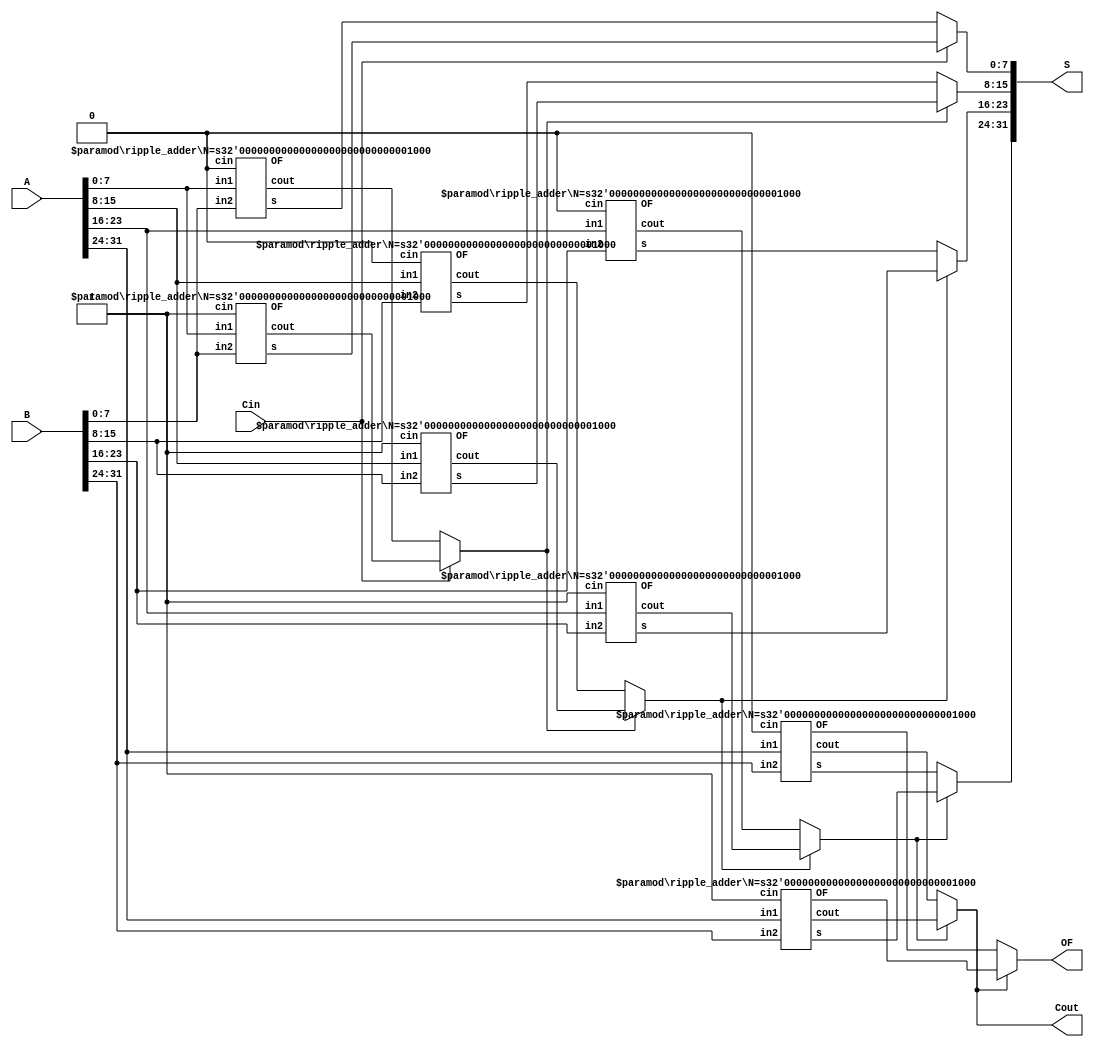
module carry_select_adder #(parameter N = 32) (A, B, Cin, S, Cout, OF);

    input [N-1:0] A, B;
    input Cin;
    output [N-1:0] S;
    output Cout, OF;

    localparam M = 8;

    wire [N/M:0] C;
    wire [N/M:1] C_0;
    wire [N/M:1] C_1;
    wire [N/M:1] OF_0;
    wire [N/M:1] OF_1;
    wire [N-1:0] S_0;
    wire [N-1:0] S_1;
    assign C[0] = Cin;
    assign Cout = C[N/M];
    assign OF = (C[N/M] == 0) ? OF_0[N/M] : OF_1[N/M];

    genvar i;
    generate
        for(i = 0; i < N/M; i=i+1) begin
            ripple_adder #(M) rbl_0 (A[(i+1)*M-1 : i*M], B[(i+1)*M-1 : i*M], S_0[(i+1)*M-1 : i*M], 1'b0, C_0[i+1], OF_0[i+1]);
            ripple_adder #(M) rbl_1 (A[(i+1)*M-1 : i*M], B[(i+1)*M-1 : i*M], S_1[(i+1)*M-1 : i*M], 1'b1, C_1[i+1], OF_1[i+1]);
            assign S[(i+1)*M-1 : i*M] = (C[i] == 0) ? S_0[(i+1)*M-1 : i*M] : S_1[(i+1)*M-1 : i*M];
            assign C[i+1] = (C[i] == 0) ? C_0[i+1] : C_1[i+1];
        end
    endgenerate    

endmodule

module ripple_adder #(parameter N=4)(in1,in2,s,cin,cout,OF);

input [N-1:0]in1,in2;
input cin;
output [N-1:0]s;
output cout;
output reg OF;

wire[N:0]carry;
assign carry[0]=cin;
assign cout=carry[N];



genvar i;
generate
for(i=0;i<N;i=i+1)
full_adder FA(in1[i],in2[i],s[i],carry[i],carry[i+1]);
endgenerate

always @ *
begin
if((in1[N-1]==0 && in2[N-1]==0 && s[N-1]==1) ||(in1[N-1]==1&&in2[N-1]==1 &&s[N-1]==0))
  OF=1;
else
  OF=0;
end


endmodule

module full_adder(in1,in2,s,cin,cout);
 input in1,in2,cin;
 output s,cout;
 wire HA_sum1,HA_carry1,HA_carry2;

 half_adder HA1(in1,in2,HA_sum1,HA_carry1);
 half_adder HA2 (cin,HA_sum1,s,HA_carry2);

 assign cout=HA_carry1|HA_carry2;

endmodule

module half_adder(in1,in2,s,c);
input in1,in2;
output s,c;

assign c=in1&in2;                          
assign s=in1^in2;                         

endmodule